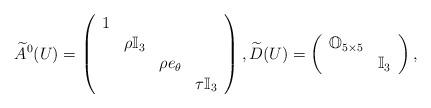
LaTeX: \begin{align*}\widetilde{A}^{0}(U)=\left(\begin{array}{cccc}1&&&\\&\rho\mathbb{I}_{3}&&\\&&\rho e_{\theta}&\\&&&\tau\mathbb{I}_{3}\end{array}\right),\widetilde{D}(U)=\left(\begin{array}{cc}\mathbb{O}_{5\times 5}&\\&\mathbb{I}_{3}\end{array}\right),\end{align*}